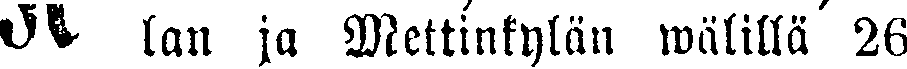
# lan ja Mettinkylän wälillä 26